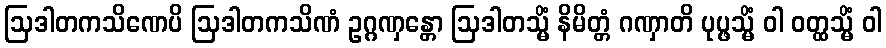
ဩဒါတကသိဏေပိ ဩဒါတကသိဏံ ဥဂ္ဂဏှန္တော ဩဒါတသ္မိံ နိမိတ္တံ ဂဏှာတိ ပုပ္ဖသ္မိံ ဝါ ဝတ္ထသ္မိံ ဝါ